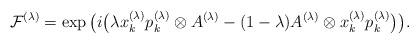
LaTeX: \begin{align*}\mathcal{F}^{(\lambda)}=\exp \big(i\big(\lambda x_k^{(\lambda)}p_k^{(\lambda)}\otimes A^{(\lambda)}-(1-\lambda)A^{(\lambda)}\otimes x_k^{(\lambda)}p_k^{(\lambda)}\big)\big).\end{align*}